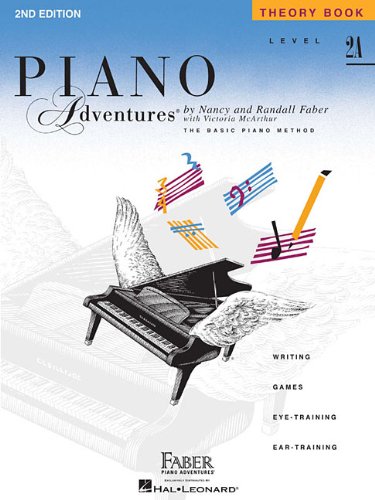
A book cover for Level 2A - Theory Book: Piano Adventures; Humor & Entertainment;